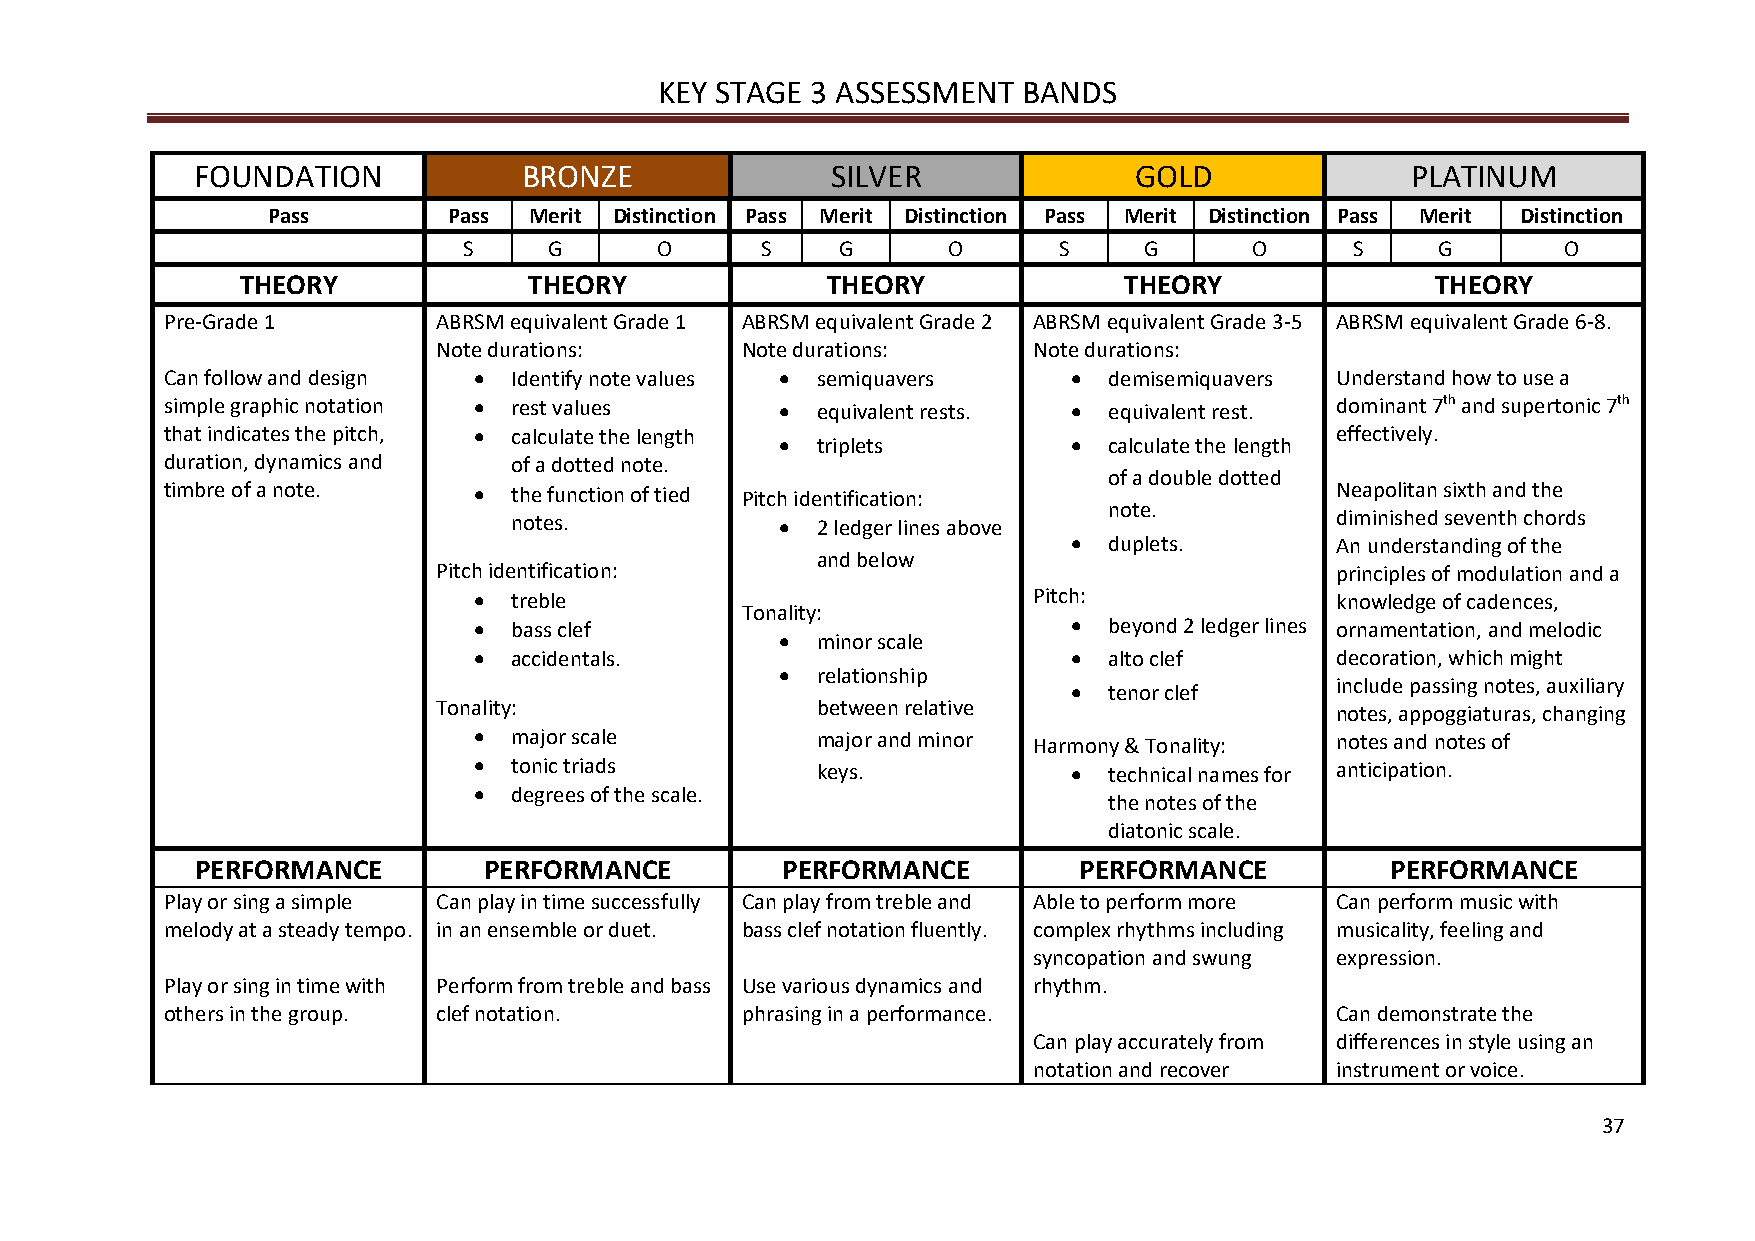
KEY STAGE 3 ASSESSMENT  BANDS
 FOUNDATION            BRONZE              SILVER              GOLD              PLATINUM
 Pass        Pass Merit Distinction Pass Merit Distinction Pass Merit Distinction Pass Merit Distinction
 S    G      O      S    G       O      S     G      O     S     G        O
 THEORY             THEORY              THEORY             THEORY               THEORY
 Pre-Grade 1       ABRSM equivalent Grade 1 ABRSM equivalent Grade 2 ABRSM equivalent Grade 3-5 ABRSM equivalent Grade 6-8.
 Note durations:     Note durations:    Note durations:
 Can follow and design • Identify note values • semiquavers  • demisemiquavers Understand how to use a
 simple graphic notation • rest values    • equivalent rests. • equivalent rest. dominant 7th and supertonic 7th
 that indicates the pitch, • calculate the length
 • triplets         • calculate the length
 effectively.
 duration, dynamics and of a dotted note.
 of a double dotted
 timbre of a note.   •  the function of tied Pitch identification:            Neapolitan sixth and the
 note.
 notes.            • 2 ledger lines above              diminished seventh chords
 • duplets.       An understanding of the
 and below
 Pitch identification:                                      principles of modulation and a
 •  treble                            Pitch:              knowledge of cadences,
 Tonality:
 •  bass clef                            • beyond 2 ledger lines ornamentation, and melodic
 • minor scale
 •  accidentals.                         • alto clef      decoration, which might
 • relationship
 • tenor clef     include passing notes, auxiliary
 Tonality:                between relative                  notes, appoggiaturas, changing
 •  major scale         major and minor Harmony & Tonality: notes and notes of
 •  tonic triads        keys.            • technical names for anticipation.
 •  degrees of the scale.
 the notes of the
 diatonic scale.
 PERFORMANCE        PERFORMANCE         PERFORMANCE        PERFORMANCE          PERFORMANCE
 Play or sing a simple Can play in time successfully Can play from treble and Able to perform more Can perform music with
 melody at a steady tempo. in an ensemble or duet. bass clef notation fluently. complex rhythms including musicality, feeling and
 syncopation and swung expression.
 Play or sing in time with Perform from treble and bass Use various dynamics and rhythm.
 others in the group. clef notation.   phrasing in a performance.             Can demonstrate the
 Can play accurately from differences in style using an
 notation and recover instrument or voice.
 37